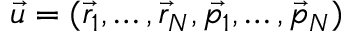
\vec { u } = ( \vec { r } _ { 1 } , \dots , \vec { r } _ { N } , \vec { p _ { 1 } } , \dots , \vec { p } _ { N } )